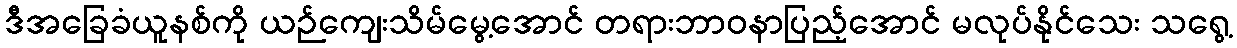
ဒီအခြေခံယူနစ်ကို ယဉ်ကျေးသိမ်မွေ့အောင် တရားဘာဝနာပြည့်အောင် မလုပ်နိုင်သေး သရွေ့